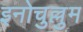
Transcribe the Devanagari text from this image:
इनोचुल्लुम